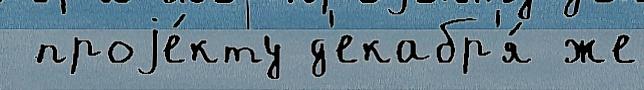
 проjе́кту д'екабр'я́ же